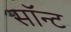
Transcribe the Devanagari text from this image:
सॉन्ट